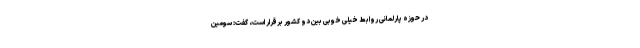
در حوزه پارلمانی روابط خیلی خوبی بین دو کشور برقرار است، گفت: سومین